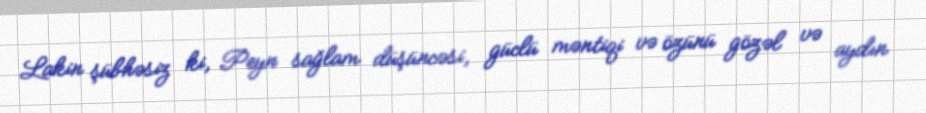
Lakin şübhəsiz ki, Peyn sağlam düşüncəsi, güclü məntiqi və özünü gözəl və aydın